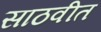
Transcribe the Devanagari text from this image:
साठवीत